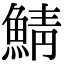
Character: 鯖